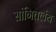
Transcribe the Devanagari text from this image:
सांगितलंय